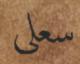
سعلى